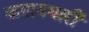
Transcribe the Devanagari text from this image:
कषायधारी